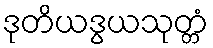
ဒုတိယဒွယသုတ္တံ